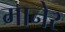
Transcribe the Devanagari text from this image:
मानेर